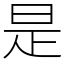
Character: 是